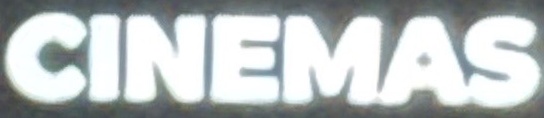
CINEMAS